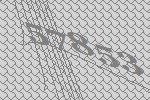
57853